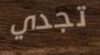
تجدي